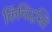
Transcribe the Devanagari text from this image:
किंचिदस्ति